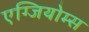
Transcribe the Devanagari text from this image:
एग्जियोम्स